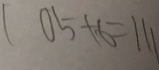
1 0 5 + 6 = 1 1 1